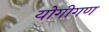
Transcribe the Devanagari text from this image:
योगीगण